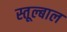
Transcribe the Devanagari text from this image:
स्तूल्बाल